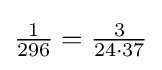
{\tfrac {1}{296}}={\tfrac {3}{24\cdot 37}}